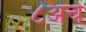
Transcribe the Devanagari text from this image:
८अचे